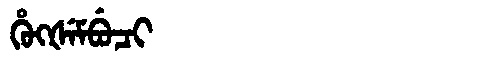
Manchu: ᡥᡠᡴᡧᡝᠮᠪᡠᠴᡳ
Romanization: HUKŠEMBUCI